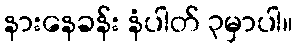
နားနေခန်း နံပါတ် ၃မှာပါ။